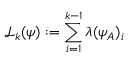
\mathcal { L } _ { k } ( \psi ) : = \sum _ { i = 1 } ^ { k - 1 } \lambda ( \psi _ { A } ) _ { i }